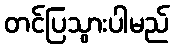
တင်ပြသွားပါမည်